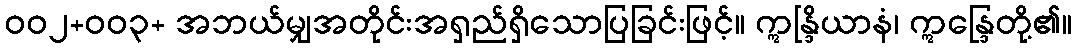
ဝဝ၂+ဝဝ၃+ အဘယ်မျှအတိုင်းအရှည်ရှိသောပြခြင်းဖြင့်။ ဣန္ဒြိယာနံ၊ ဣန္ဒြေတို့၏။